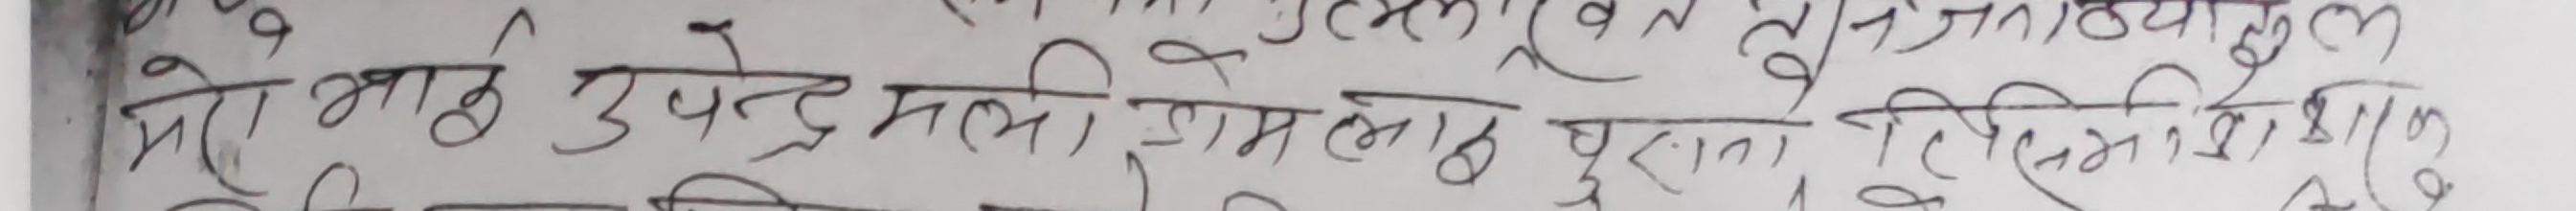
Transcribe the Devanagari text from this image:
मेरो भाई उपेन्द्र मलि, हामि लाई पुराना, दिदीनी विद्या,